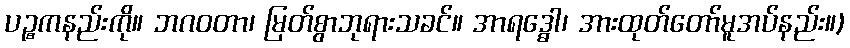
ပဉ္စကနည်းကို။ ဘဂဝတာ၊ မြတ်စွာဘုရားသခင်။ အာရဒ္ဓေါ၊ အားထုတ်တော်မူအပ်နည်း။)